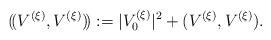
LaTeX: \begin{align*}(\!(V^{(\xi)},V^{(\xi)})\!):=|V^{(\xi)}_0|^2+(V^{(\xi)},V^{(\xi)}).\end{align*}